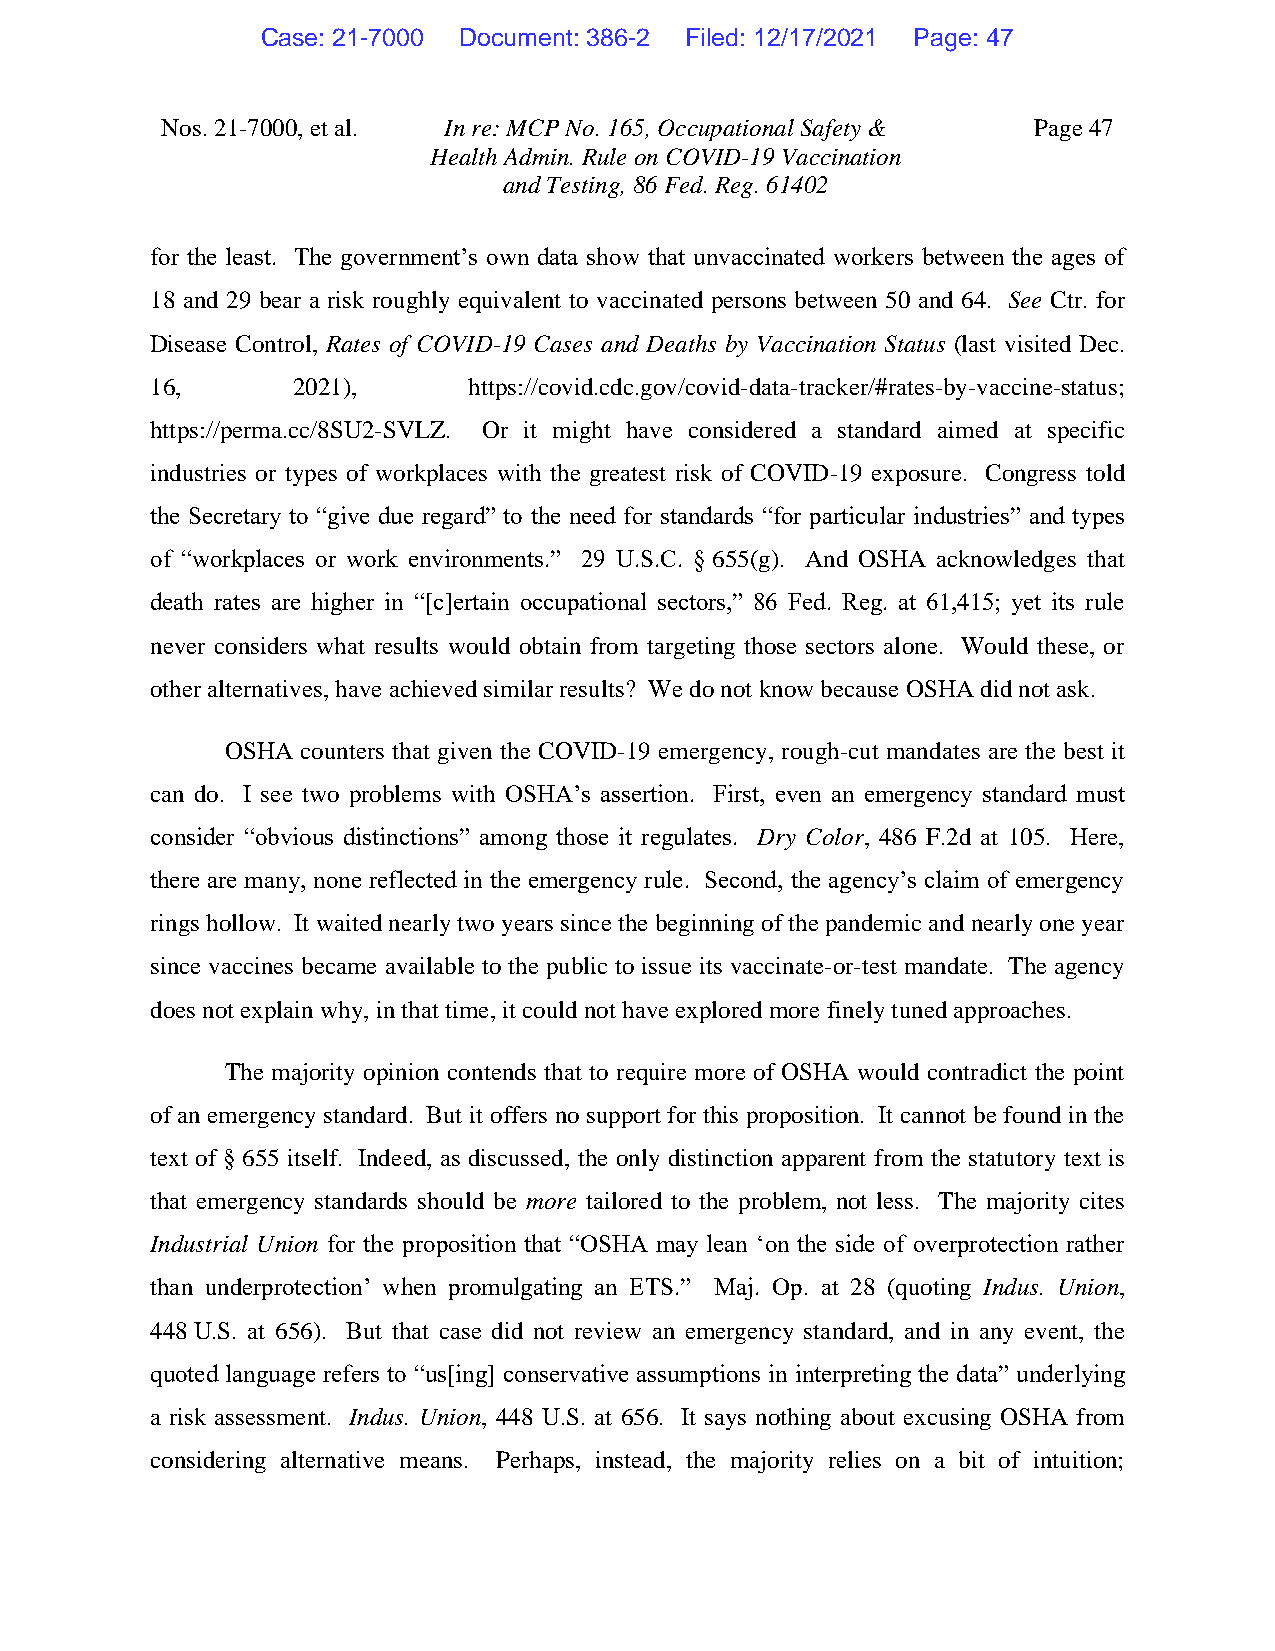
Case: 21-7000 Document: 386-2 Filed: 12/17/2021 Page: 47
 Nos. 21-7000, et al. In re: MCP No. 165, Occupational Safety & Page 47
 Health Admin. Rule on COVID-19 Vaccination
 and Testing, 86 Fed. Reg. 61402
 for the least. The government’s own data show that unvaccinated workers between the ages of
 18 and 29 bear a risk roughly equivalent to vaccinated persons between 50 and 64. See Ctr. for
 Disease Control, Rates of COVID-19 Cases and Deaths by Vaccination Status (last visited Dec.
 16,      2021),      https://covid.cdc.gov/covid-data-tracker/#rates-by-vaccine-status;
 https://perma.cc/8SU2-SVLZ. Or it might have considered a standard aimed at specific
 industries or types of workplaces with the greatest risk of COVID-19 exposure. Congress told
 the Secretary to “give due regard” to the need for standards “for particular industries” and types
 of “workplaces or work environments.” 29 U.S.C. § 655(g). And OSHA acknowledges that
 death rates are higher in “[c]ertain occupational sectors,” 86 Fed. Reg. at 61,415; yet its rule
 never considers what results would obtain from targeting those sectors alone. Would these, or
 other alternatives, have achieved similar results? We do not know because OSHA did not ask.
 OSHA counters that given the COVID-19 emergency, rough-cut mandates are the best it
 can do. I see two problems with OSHA’s assertion. First, even an emergency standard must
 consider “obvious distinctions” among those it regulates. Dry Color, 486 F.2d at 105. Here,
 there are many, none reflected in the emergency rule. Second, the agency’s claim of emergency
 rings hollow. It waited nearly two years since the beginning of the pandemic and nearly one year
 since vaccines became available to the public to issue its vaccinate-or-test mandate. The agency
 does not explain why, in that time, it could not have explored more finely tuned approaches.
 The majority opinion contends that to require more of OSHA would contradict the point
 of an emergency standard. But it offers no support for this proposition. It cannot be found in the
 text of § 655 itself. Indeed, as discussed, the only distinction apparent from the statutory text is
 that emergency standards should be more tailored to the problem, not less. The majority cites
 Industrial Union for the proposition that “OSHA may lean ‘on the side of overprotection rather
 than underprotection’ when promulgating an ETS.” Maj. Op. at 28 (quoting Indus. Union,
 448 U.S. at 656). But that case did not review an emergency standard, and in any event, the
 quoted language refers to “us[ing] conservative assumptions in interpreting the data” underlying
 a risk assessment. Indus. Union, 448 U.S. at 656. It says nothing about excusing OSHA from
 considering alternative means. Perhaps, instead, the majority relies on a bit of intuition;